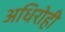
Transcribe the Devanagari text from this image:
अधिरोही